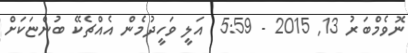
ނޮވެމްބަރު 13